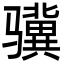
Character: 骥